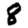
Digit: 8